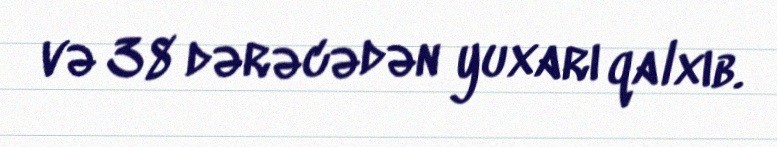
və 38 dərəcədən yuxarı qalxıb.